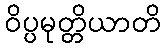
ဝိပ္ပမုတ္တိယာတိ